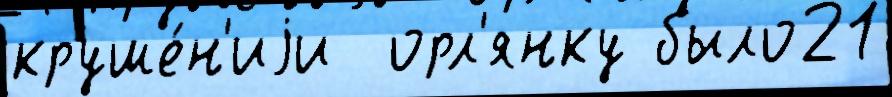
круше́н'иjи  орл'янку было21